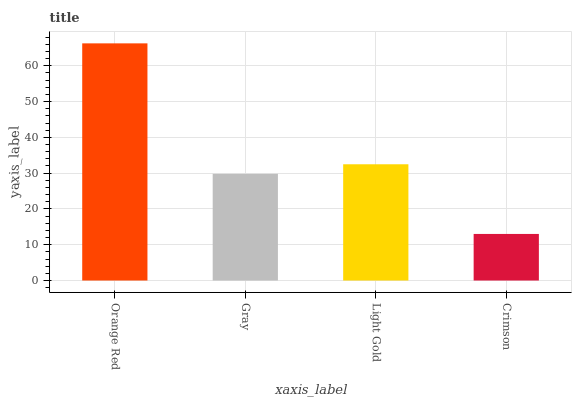
| xaxis_label | bars |
 | --- | --- |
 | Orange Red | 66.3 |
 | Gray | 29.8 |
 | Light Gold | 32.5 |
 | Crimson | 13 |